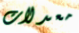
معدلات